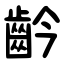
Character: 䶖